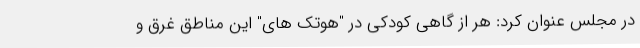
در مجلس عنوان کرد: هر از گاهی کودکی در "هوتک های" این مناطق غرق و